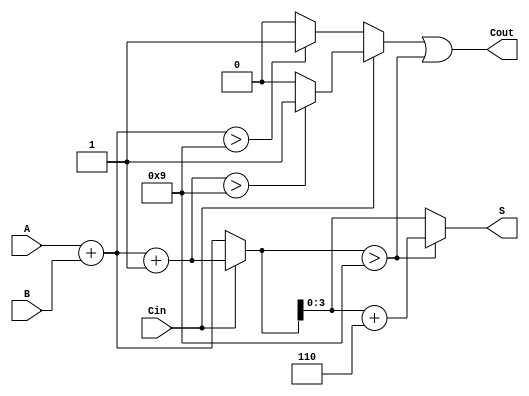
module BCD_Modified_Carry_Select_Adder (
    input  [3:0] A,    // BCD digit A
    input  [3:0] B,    // BCD digit B
    input        Cin,   // Carry-in
    output [3:0] S,     // BCD Sum
    output       Cout    // Carry-out
);

    wire [4:0] S0;      // Sum for Cin = 0
    wire [4:0] S1;      // Sum for Cin = 1
    wire Cout0;         // Carry-out for Cin = 0
    wire Cout1;         // Carry-out for Cin = 1

    // Initial sum calculations
    assign S0 = A + B;          // S0 = A + B + 0
    assign S1 = A + B + 1;      // S1 = A + B + 1

    // Carry-out calculations
    assign Cout0 = (S0 > 9) ? 1'b1 : 1'b0;  // Carry-out for S0
    assign Cout1 = (S1 > 9) ? 1'b1 : 1'b0;  // Carry-out for S1

    // Mux for selecting the correct sum and carry-out based on Cin
    wire [4:0] S_selected;
    wire Cout_selected;

    assign S_selected = (Cin == 1'b0) ? S0 : S1;  // Select sum based on Cin
    assign Cout_selected = (Cin == 1'b0) ? Cout0 : Cout1; // Select carry-out based on Cin

    // BCD Correction Logic
    assign S = (S_selected > 9) ? (S_selected + 5'd6) : S_selected[3:0]; // Correct if > 9
    assign Cout = Cout_selected | (S_selected > 9); // Final carry-out

endmodule